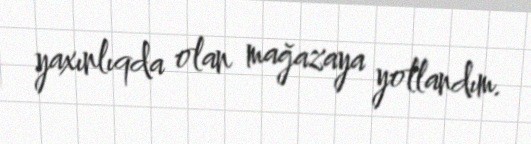
yaxınlıqda olan mağazaya yollandım.